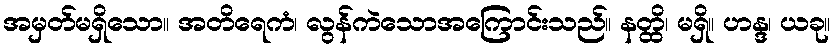
အမှတ်မရှိသော။ အတိရေကံ၊ လွန်ကဲသောအကြောင်းသည်။ နတ္ထိ၊ မရှိ။ ဟန္ဒ၊ ယခု။